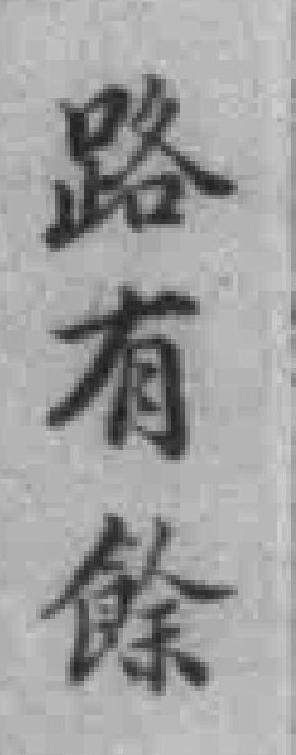
路有餘